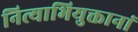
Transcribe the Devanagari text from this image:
नित्याभियुक्तानां